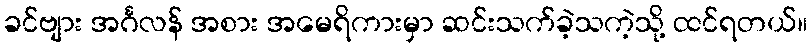
ခင်ဗျား အင်္ဂလန် အစား အမေရိကားမှာ ဆင်းသက်ခဲ့သကဲ့သို့ ထင်ရတယ်။